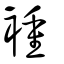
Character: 褈